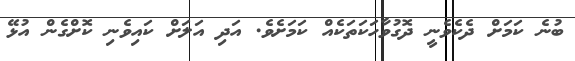
ބުނެ ކަމަށް ދެކެވެނީ ދޮގުވާހަކަތަކެއް ކަމަށެވެ. އަދި އަލަށް ކައިވެނި ކޮށްގެން އުޅޭ